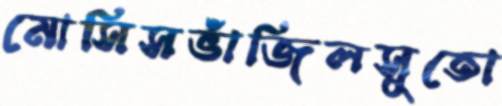
মোসিসভাঁজিলসুতো